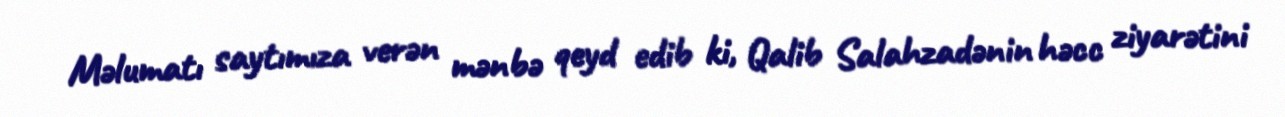
Məlumatı saytımıza verən mənbə qeyd edib ki, Qalib Salahzadənin həcc ziyarətini